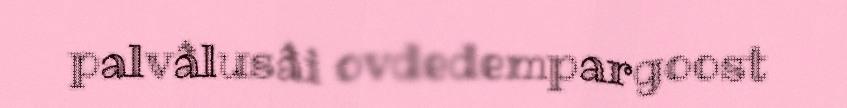
palvâlusâi ovdedempargoost